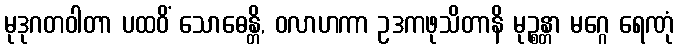
မုဒုဂတဝါတာ ပထဝိံ သောဓေန္တိ, ဝလာဟကာ ဥဒကဖုသိတာနိ မုဉ္စန္တာ မဂ္ဂေ ရေဏုံ